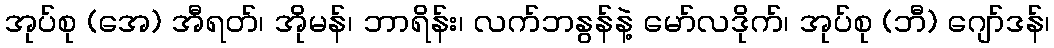
အုပ်စု (အေ) အီရတ်၊ အိုမန်၊ ဘာရိန်း၊ လက်ဘနွန်နဲ့ မော်လဒိုက်၊ အုပ်စု (ဘီ) ဂျော်ဒန်၊